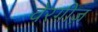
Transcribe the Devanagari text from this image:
वेरगीज़